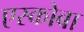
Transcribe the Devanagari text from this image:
एस्कोबा